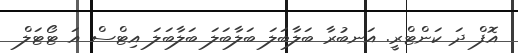
އޮފް ދަ ކަންޓްރީ. އަނބުރާ ބަލާބަލަ ބަލާބަލަ ބަލާބަލަ އިޓްސް އަ ޓޯޓަލް